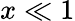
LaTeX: x\ll 1